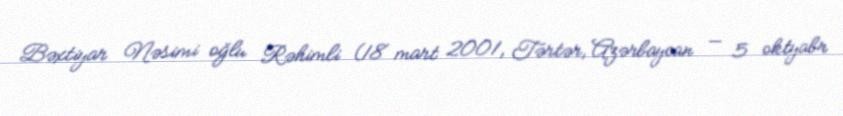
Bəxtiyar Nəsimi oğlu Rəhimli (18 mart 2001, Tərtər, Azərbaycan — 5 oktyabr